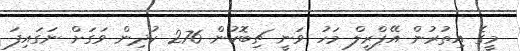
މީގެ އިތުރުން އޭޕްރީލް މަހު ވަނީ ޗިބޮކުން 276 ކުދިން ވަގަށް ނަގައިފަ